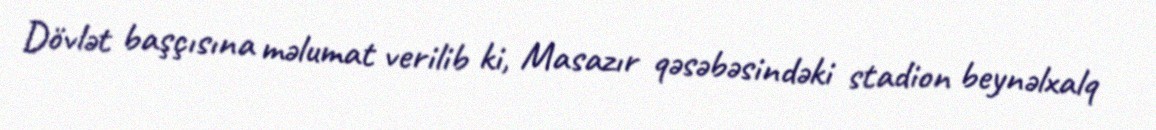
Dövlət başçısına məlumat verilib ki, Masazır qəsəbəsindəki stadion beynəlxalq